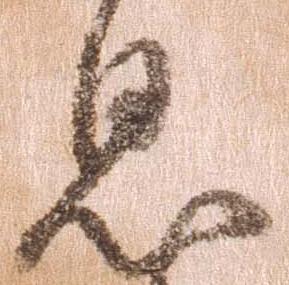
息